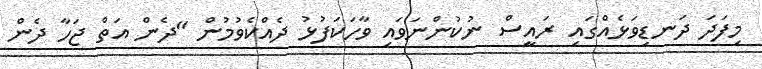
މިފަދަ ދަނޑިވަޅެއްގައި ރައީސް ނުކުންނަވައި ވާހަކަފުޅު ދެއްކެވުމުން "ދެން އަތް ޖަހާ ދެން